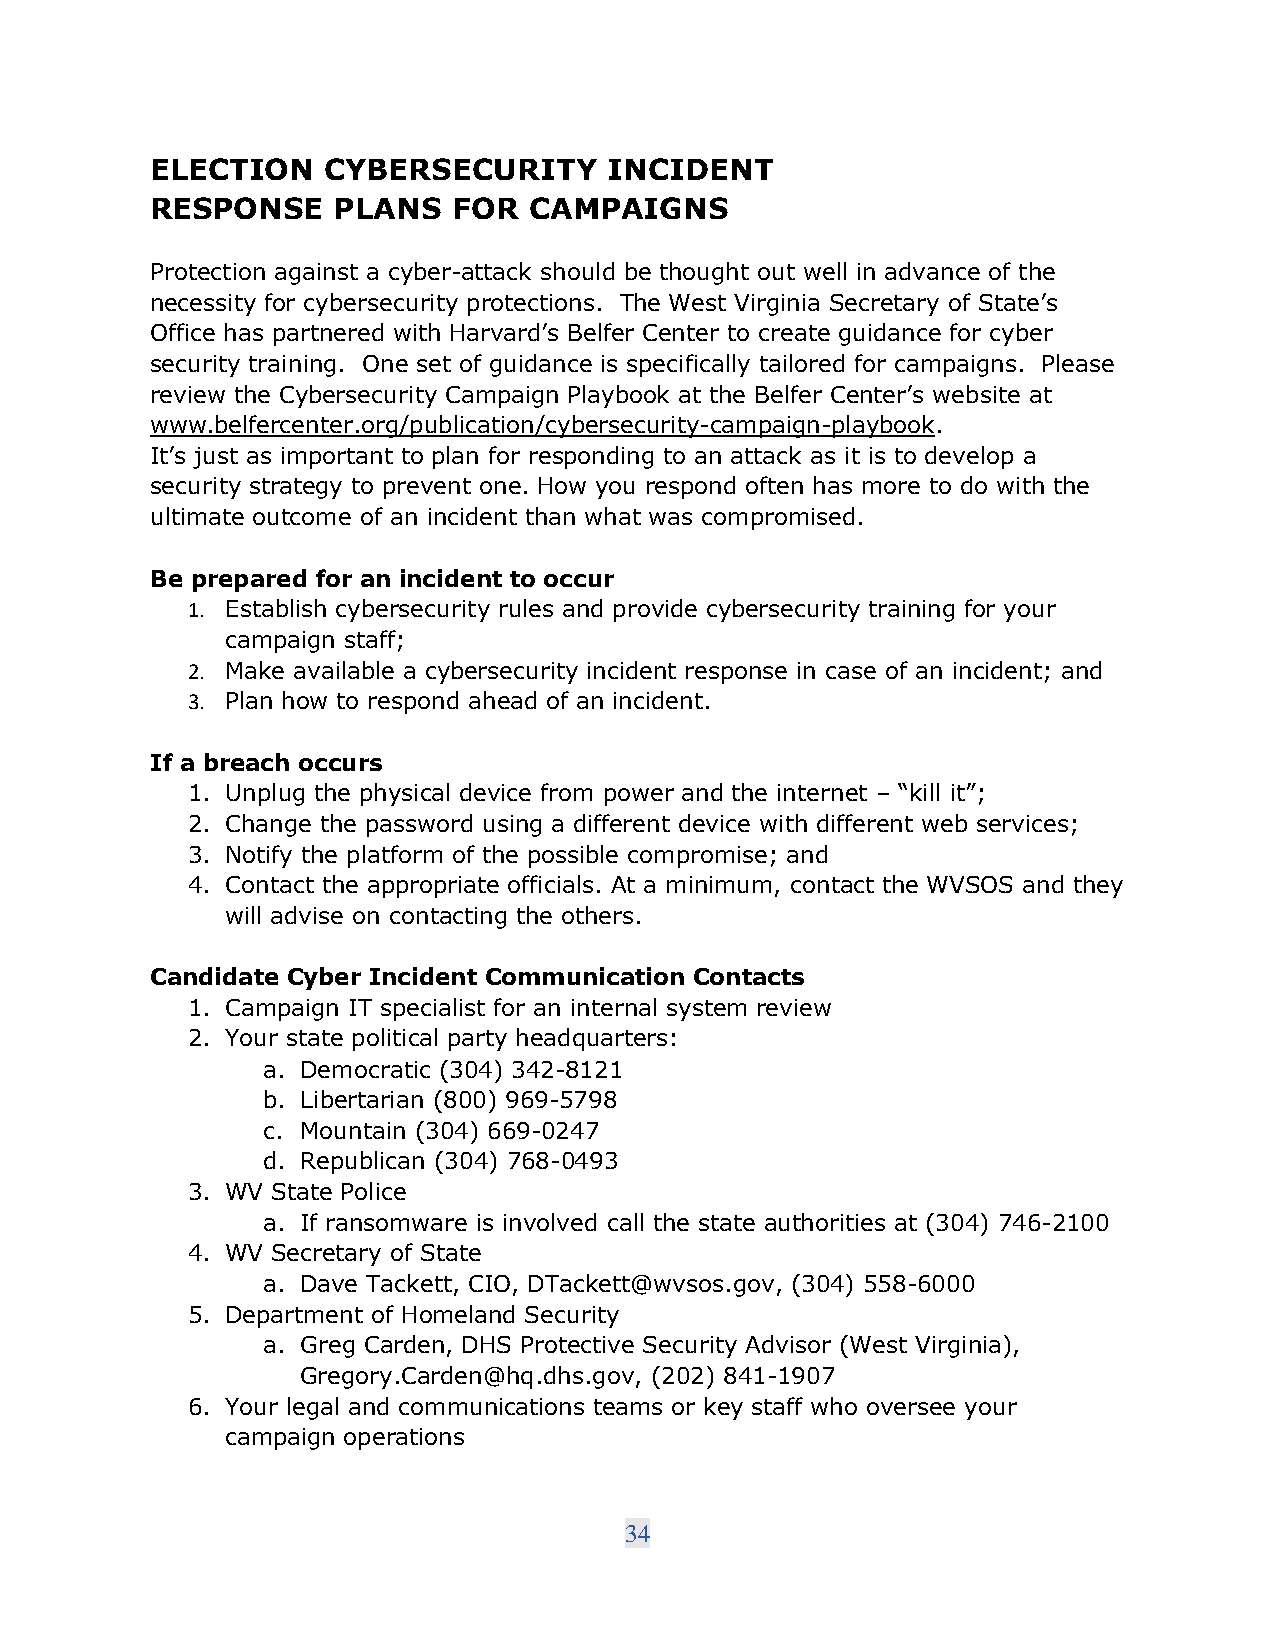
ELECTION   CYBERSECURITY      INCIDENT
 RESPONSE    PLANS   FOR  CAMPAIGNS
 Protection against a cyber-attack should be thought out well in advance of the
 necessity for cybersecurity protections. The West Virginia Secretary of State’s
 Office has partnered with Harvard’s Belfer Center to create guidance for cyber
 security training. One set of guidance is specifically tailored for campaigns. Please
 review the Cybersecurity Campaign Playbook at the Belfer Center’s website at
 www.belfercenter.org/publication/cybersecurity-campaign-playbook.
 It’s just as important to plan for responding to an attack as it is to develop a
 security strategy to prevent one. How you respond often has more to do with the
 ultimate outcome of an incident than what was compromised.
 Be prepared for an incident to occur
 1. Establish cybersecurity rules and provide cybersecurity training for your
 campaign staff;
 2. Make available a cybersecurity incident response in case of an incident; and
 3. Plan how to respond ahead of an incident.
 If a breach occurs
 1. Unplug the physical device from power and the internet – “kill it”;
 2. Change the password using a different device with different web services;
 3. Notify the platform of the possible compromise; and
 4. Contact the appropriate officials. At a minimum, contact the WVSOS and they
 will advise on contacting the others.
 Candidate Cyber Incident Communication Contacts
 1. Campaign IT specialist for an internal system review
 2. Your state political party headquarters:
 a. Democratic (304) 342-8121
 b. Libertarian (800) 969-5798
 c. Mountain (304) 669-0247
 d. Republican (304) 768-0493
 3. WV State Police
 a. If ransomware is involved call the state authorities at (304) 746-2100
 4. WV Secretary of State
 a. Dave Tackett, CIO, DTackett@wvsos.gov, (304) 558-6000
 5. Department of Homeland Security
 a. Greg Carden, DHS Protective Security Advisor (West Virginia),
 Gregory.Carden@hq.dhs.gov, (202) 841-1907
 6. Your legal and communications teams or key staff who oversee your
 campaign operations
 34